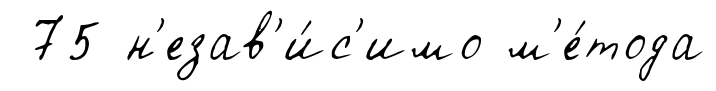
75 н'езав'и́с'имо м'е́тода